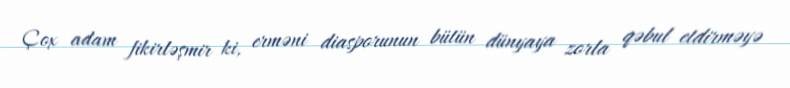
Çox adam fikirləşmir ki, erməni diasporunun bütün dünyaya zorla qəbul etdirməyə